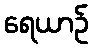
ရေယာဉ်